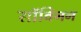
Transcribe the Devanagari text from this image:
सॉविनन